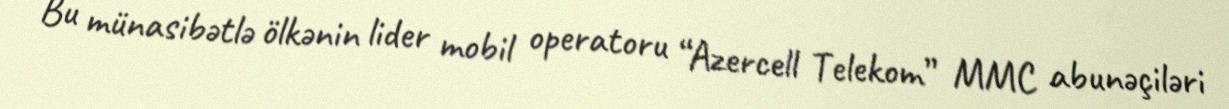
Bu münasibətlə ölkənin lider mobil operatoru “Azercell Telekom” MMC abunəçiləri